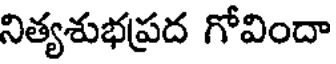
నిత్యశుభప్రద గోవిందా